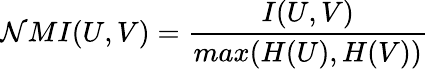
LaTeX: \mathcal{N}MI(U,V)=\frac{{I(U,V)}}{{max(H(U),H(V))}}